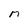
Character: M